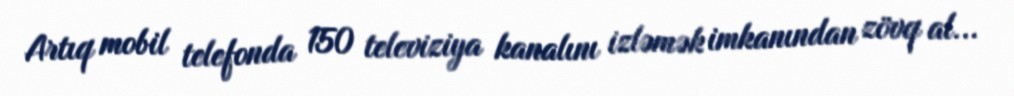
Artıq mobil telefonda 150 televiziya kanalını izləmək imkanından zövq al...